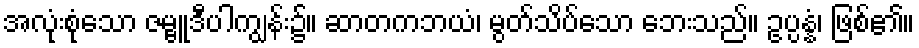
အလုံးစုံသော ဇမ္ဗူဒီပါကျွန်း၌။ ဆာတကဘယံ၊ မွတ်သိပ်သော ဘေးသည်။ ဥပ္ပန္နံ၊ ဖြစ်၏။